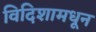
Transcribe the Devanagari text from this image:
विदिशामधून